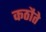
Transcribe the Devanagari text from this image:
कठौते